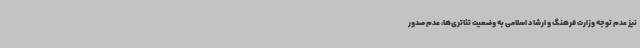
نیز عدم توجه وزارت فرهنگ و ارشاد اسلامی به وضعیت تئاتری‌ها، عدم صدور